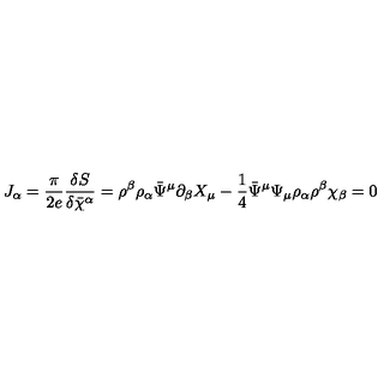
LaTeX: J _ { \alpha } = \frac { \pi } { 2 e } \frac { \delta S } { \delta \bar { \chi } ^ { \alpha } } = \rho ^ { \beta } \rho _ { \alpha } \bar { \Psi } ^ { \mu } \partial _ { \beta } X _ { \mu } - \frac { 1 } { 4 } \bar { \Psi } ^ { \mu } \Psi _ { \mu } \rho _ { \alpha } \rho ^ { \beta } \chi _ { \beta } = 0